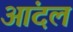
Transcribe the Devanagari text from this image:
आंदल